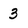
Character: 3